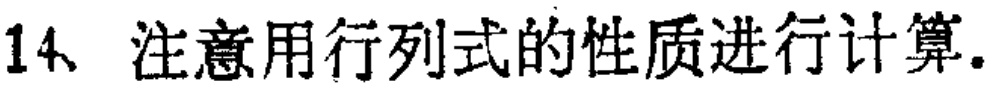
14、注意用行列式的性质进行计算.